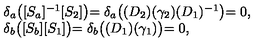
\left. \begin{array} { l } { \delta _ { a } \bigl ( [ S _ { a } ] ^ { - 1 } [ S _ { 2 } ] \bigl ) = \delta _ { a } \bigl ( ( D _ { 2 } ) ( \gamma _ { 2 } ) ( D _ { 1 } ) ^ { - 1 } \bigl ) = 0 , } \\ { \delta _ { b } \bigl ( [ S _ { b } ] [ S _ { 1 } ] \bigl ) = \delta _ { b } \bigl ( ( D _ { 1 } ) ( \gamma _ { 1 } ) \bigl ) = 0 , } \\ \end{array} \right.